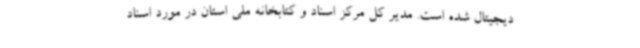
دیجیتال شده است. مدیر کل مرکز اسناد و کتابخانه ملی استان در مورد اسناد